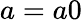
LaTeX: a=a0